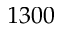
1 3 0 0